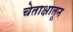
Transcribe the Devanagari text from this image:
चेताक्षातून